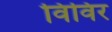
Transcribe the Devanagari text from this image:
विविर